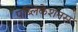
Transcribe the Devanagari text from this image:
पब्लिकेशनस